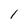
Character: 1